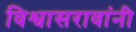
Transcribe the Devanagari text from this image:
विश्वासरावांनी